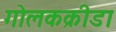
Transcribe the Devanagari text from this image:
गोलकक्रीडा